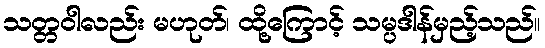
သတ္တဝါလည်း မဟုတ်၊ ထို့ကြောင့် သမ္ပဒါန်မှည့်သည်။